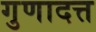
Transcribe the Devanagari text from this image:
गुणादत्त